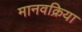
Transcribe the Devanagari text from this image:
मानवक्रिया